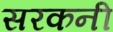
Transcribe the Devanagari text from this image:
सरकनी